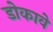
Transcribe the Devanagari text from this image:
डोकावे